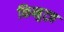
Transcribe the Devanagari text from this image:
किब्बुत्ज़